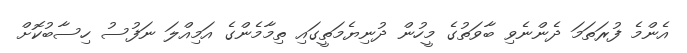
އެންމެ ފުރަތަމަ ދެންނެވި ބާވަތުގެ މީހުން ދުނިޔެމަތީގައި ތިމާމެންގެ އަމިއްލަ ނަފުސު ހިސާބުކޮށް